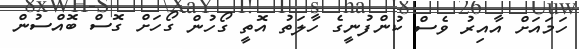
ހަމައަށް އާއިރު ވެސް ކުންފުނީގެ ހާލަތު އޮތީ ގޯހުން ގޯހަށް ގޮސް ބޮއްސުން